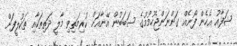
ޝަފާއު އެހެން ފޯނެއް ގަންނަންޖެހުމުމުގެ ސަބަބުން އޭނާއަށް ކުރިމަތިވި މާލީ ދަތިތަކާއި ތަކުލީފަށް